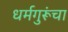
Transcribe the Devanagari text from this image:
धर्मगुरूंचा